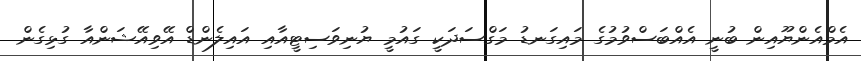
އެމްއެންޔޫއިން ބުނީ އެއްބަސްވުމުގެ މައިގަނޑު މަގްސަދަކީ ގައުމީ ޔުނިވަސިޓީއާއި އައިލެންޑް އޭވިއޭޝަންއާ ގުޅިގެން